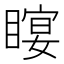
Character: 𥉛